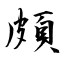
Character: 頗